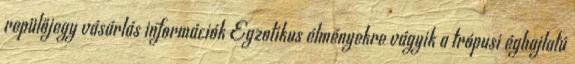
repülőjegy vásárlás információk Egzotikus élményekre vágyik a trópusi éghajlatú